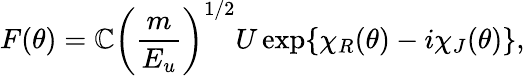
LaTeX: F(\theta)=\mathbb{C}{\left(\frac{{m}}{{E_{u}}}\right)}^{1/2}U\exp\{ \chi_{R}(\theta)-i\chi_{J}(\theta)\} ,